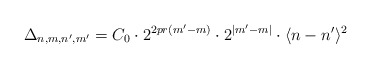
\begin{align*}\Delta_{n,m,n',m'}=C_0 \cdot 2^{2pr(m'-m)}\cdot 2^{|m'-m|}\cdot \langle n-n'\rangle^{2}\end{align*}